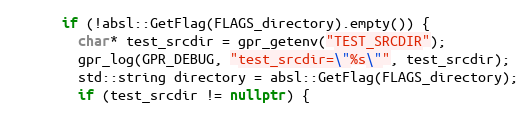
Language: C++
      if (!absl::GetFlag(FLAGS_directory).empty()) {
        char* test_srcdir = gpr_getenv("TEST_SRCDIR");
        gpr_log(GPR_DEBUG, "test_srcdir=\"%s\"", test_srcdir);
        std::string directory = absl::GetFlag(FLAGS_directory);
        if (test_srcdir != nullptr) {